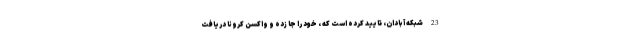
23 شبکه آبادان، تایید کرده است که ، خود را جا زده و واکسن کرونا دریافت